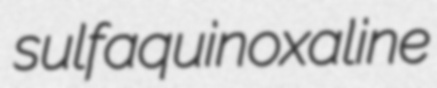
sulfaquinoxaline